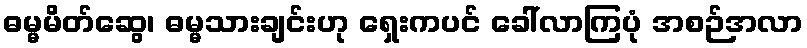
ဓမ္မမိတ်ဆွေ၊ ဓမ္မသားချင်းဟု ရှေးကပင် ခေါ်လာကြပုံ အစဉ်အလာ